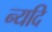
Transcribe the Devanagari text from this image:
न्यदि